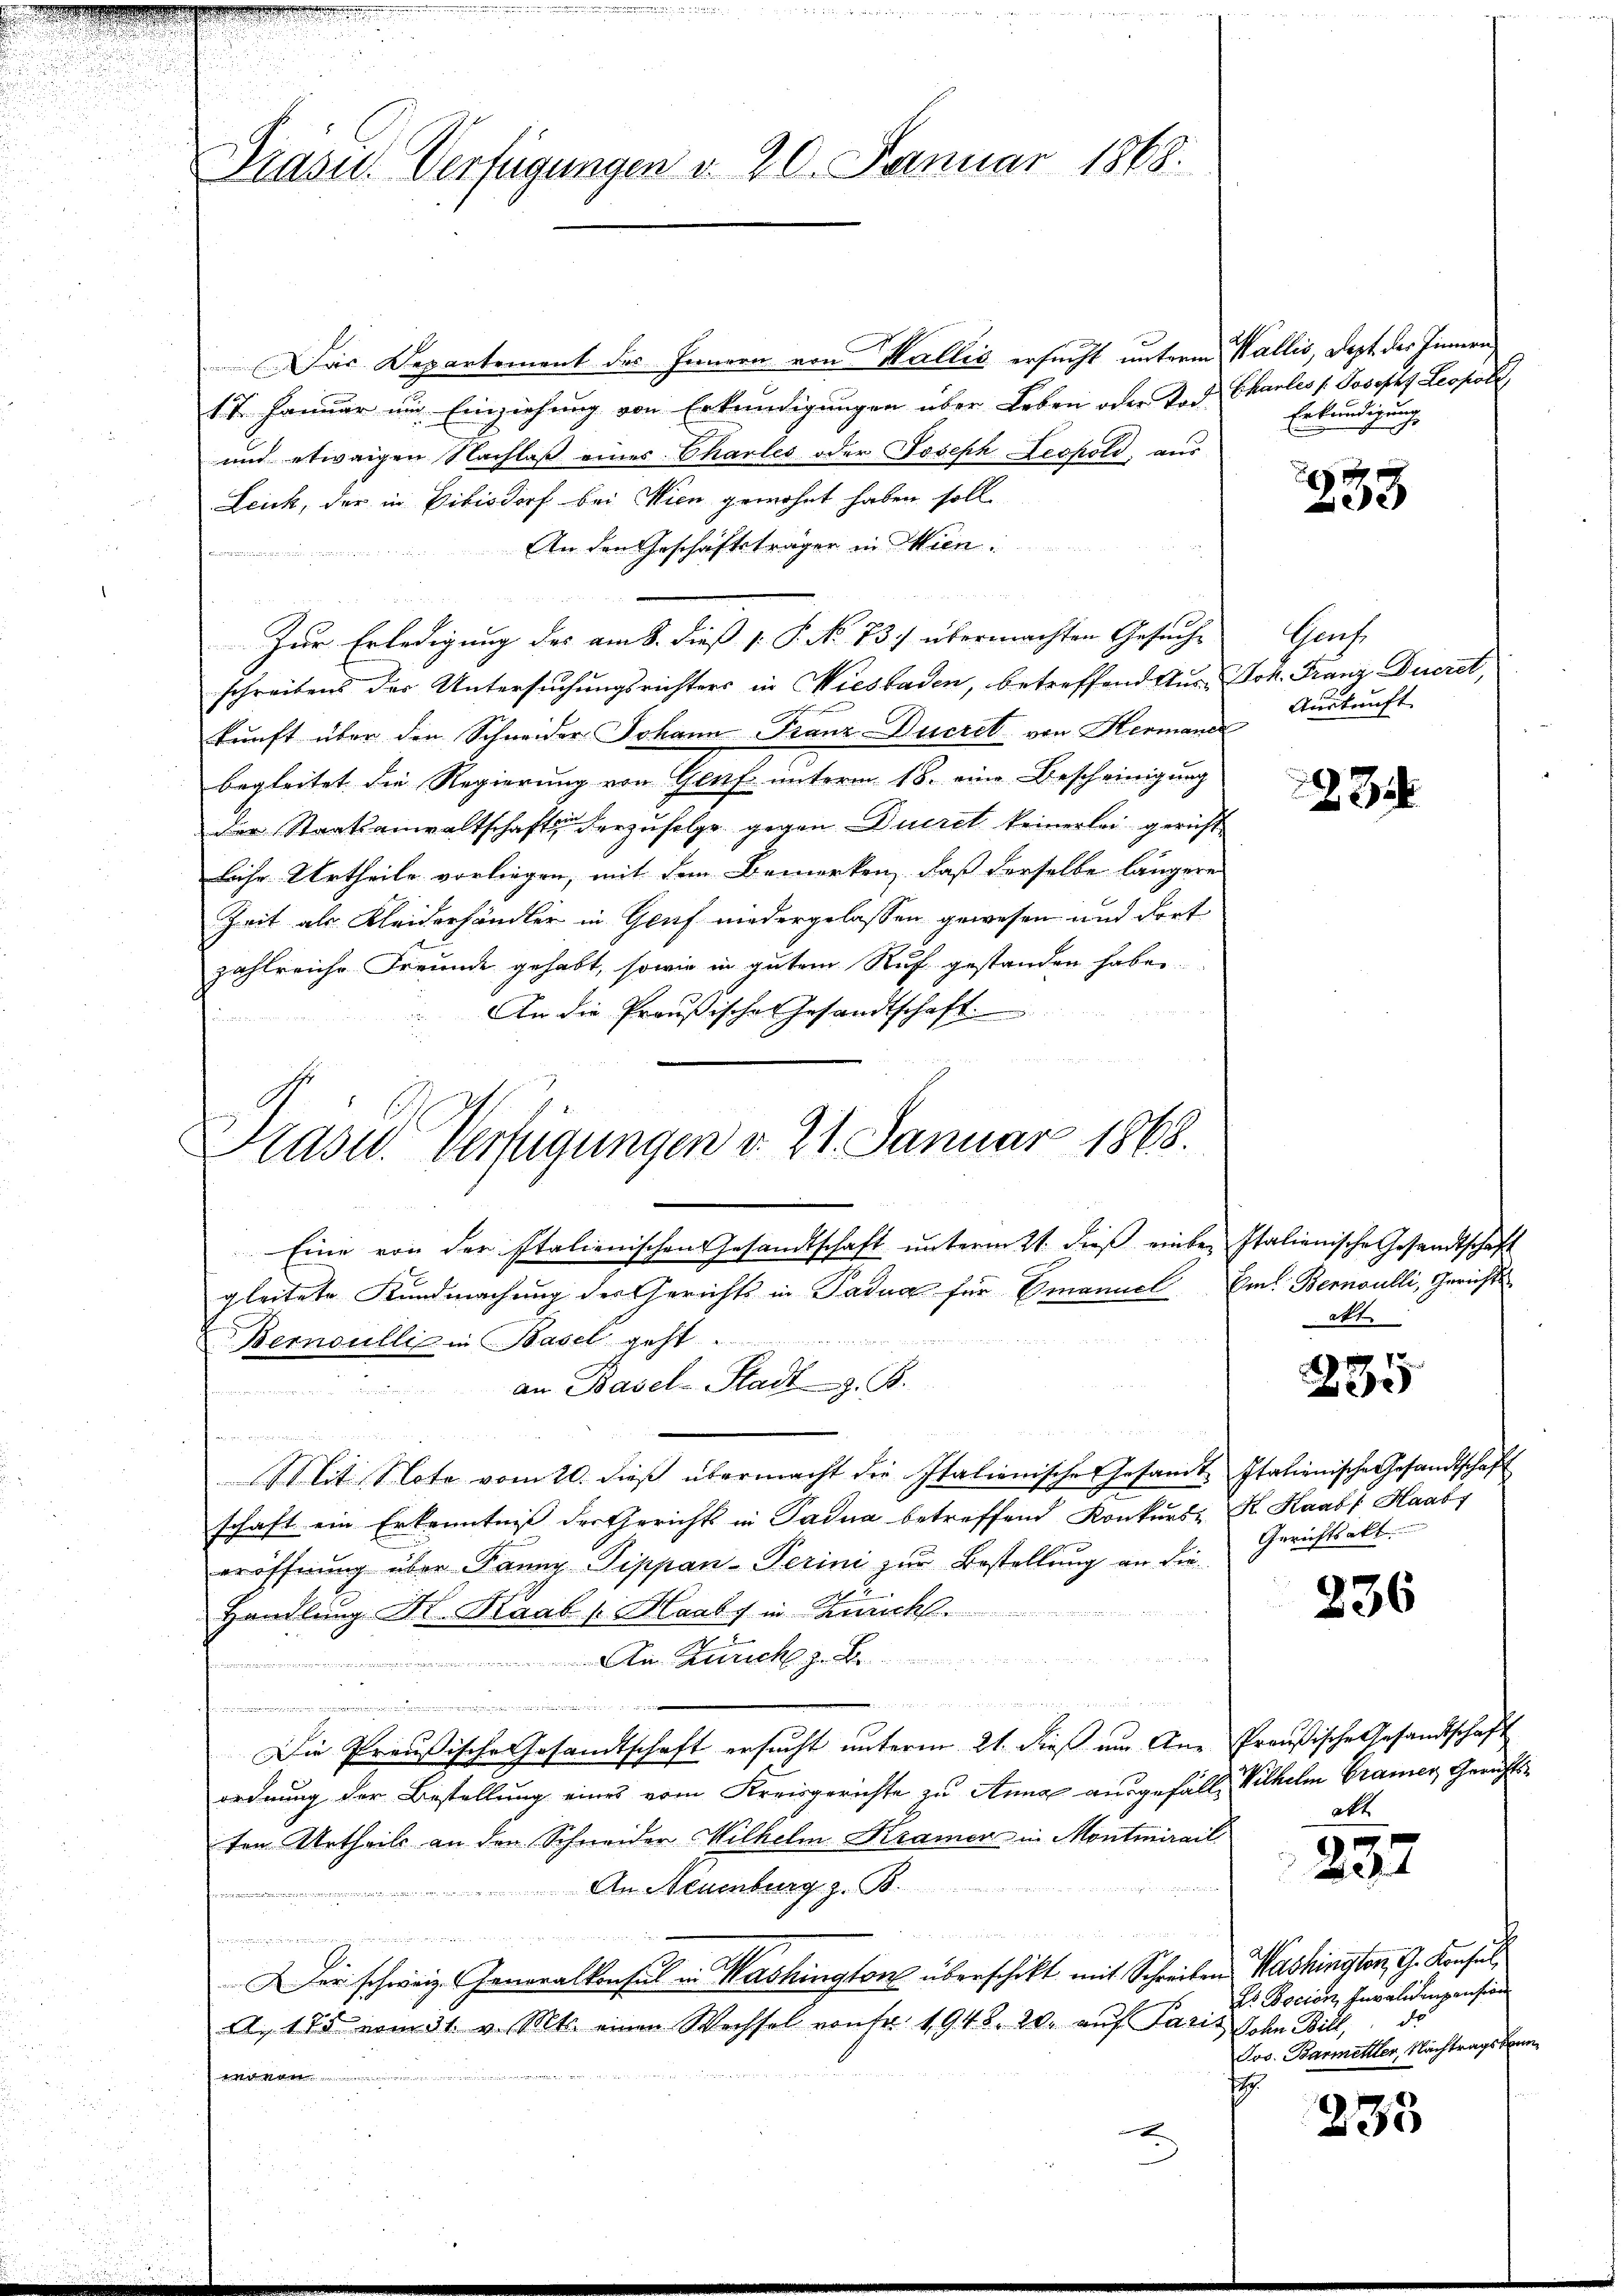
Krase Verfügungen d. 21. Januar 1868.

Das Departement des Innern von Wallić ersucht unterm Wallis, Dept des Innern,
17. Januar und Einziehung von Erkundigungen über Leben oder Tod Charlis s. Joseph Leopoli
und etwaigen Nachlaß eines Charles oder Joseph Leopold, aus
Leich, der in Bibisdorf bei Wien gewohnt haben soll,
An den Geschäftsträger in Wien.
Sind aus der und
Zur Erledigung des am 8. dieß P. P. No. 73.) übermachten Gesuche
schreibens der Untersuchungsrichters in Wiesbaden, betreffend Aus Joh. Franz Dueret,
kŭnft über den Schneider Johann Franz-Ducret von Hermanen
begleitet die Regierung von Genf unterm 18. eine Bescheinigung
der Staatsanwaltschaften herzufolge gegen Ducret keinerlei gericht
liche Urtheile vorliegen, mit dem Bemerken, daß derselbe längere
Zeit als Kleiderhändler in Graf niedergelassen gewesen und dort
zahlreiche Freunde gehabt, sowie in gutem Ruf gestanden haben.
An die Preußische Gesandtschaft.
Eine von der Italienischen Gesandtschaft ŭnterm 21. dieβ einber Italienische Gesandtschaft
gleitete Kundmachung des Gerichts in Padua für Emanuel Im Bernoulli, Gerichtsl
Bernoulli in Basel geht ...
an Basel-Stadt z. B.
enommen, und
Mit Note vom 20. dieβ übermacht die Italienische Gesandt Italienische Gesandtschaft
schaft ein Erkenntniß der Gerichts in Gadna betreffend Konkurs- K. Kaabf Haabs
eröffnung über Panny Tippan-Perini zur Bestellung an die
Handlung Al. Kaab u. Haab, in Zürch.
. Zürich z
"
.
e
Die Preußische Gesandtschaft ersucht unterm 21. dieß um Anordnung der Bestellung eines vom Kreisgerichte zu Anna ausgefällten Urtheils an den Schneider Milhelm Kramer in Montmirail
An Neumburg z. B.

   e  in ange nach ein ge
A
Der schweiz. Generalkonsul in Washington überschikt mit Schreiben
A. 175 vom 31. v. Mts. einen Wechsel von Fr. 1948. 20. aŭf Paris Sohn Bill, de
e
E

Prasid. Verfügungen d. 20. Januar 1868.

Erkundigung

233

Chris
Auskunft

2234

t

d

235

Gerichtsakt

236

Preußische Gesandtschaft
Wilhelm Gramer Gerichts-
akt

237

Washingten, G. Konsul
Es Docion Invalidenpension
Jos. Barmettler, Nachtrags kann
.

233